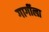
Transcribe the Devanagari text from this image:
गार्गीला